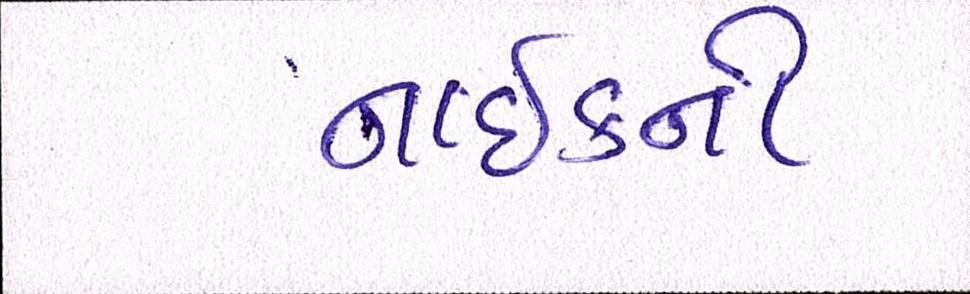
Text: નાઈકની